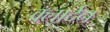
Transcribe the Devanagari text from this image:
क्लार्दन